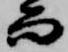
而